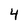
Character: 4